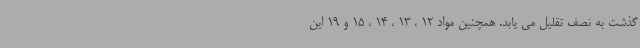
گذشت به نصف تقلیل می یابد. همچنین مواد 12 ، 13 ، 14 ، 15 و 19 این